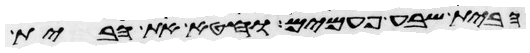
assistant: הבית שבע פעמים וחטא את הבית